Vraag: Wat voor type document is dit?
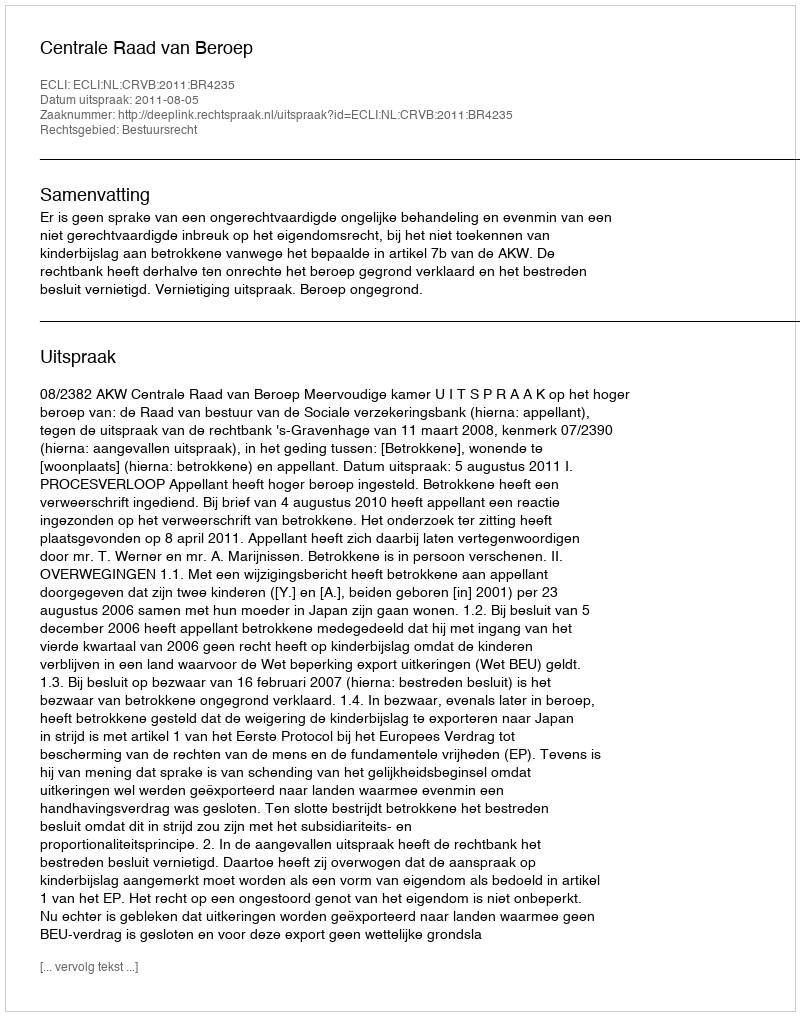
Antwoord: Uitspraak